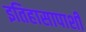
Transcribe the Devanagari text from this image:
इतिहासापाशी